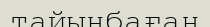
тайынбаған